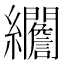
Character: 𦇾